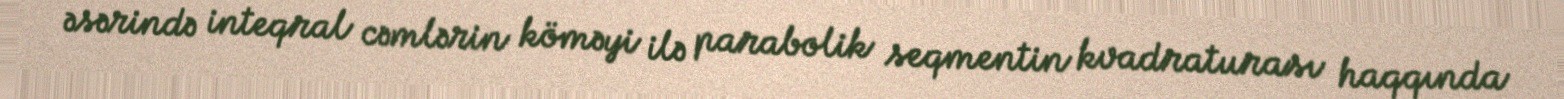
əsərində inteqral cəmlərin köməyi ilə parabolik seqmentin kvadraturası haqqında